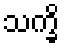
သက္ခိ